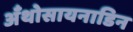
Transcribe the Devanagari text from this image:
अँथोसायनाडिन